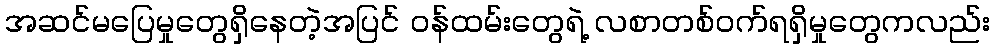
အဆင်မပြေမှုတွေရှိနေတဲ့အပြင် ဝန်ထမ်းတွေရဲ့ လစာတစ်ဝက်ရရှိမှုတွေကလည်း